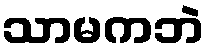
သာမကဘဲ